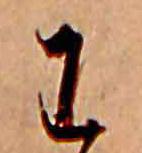
わ